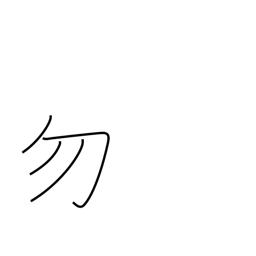
Meaning: do not